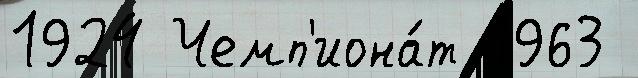
1924 Чемп'иона́т 1963